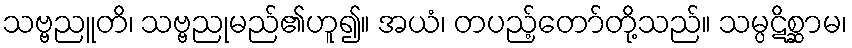
သဗ္ဗညူတိ၊ သဗ္ဗညုမည်၏ဟူ၍။ အယံ၊ တပည့်တော်တို့သည်။ သမ္ပဋိစ္ဆာမ၊